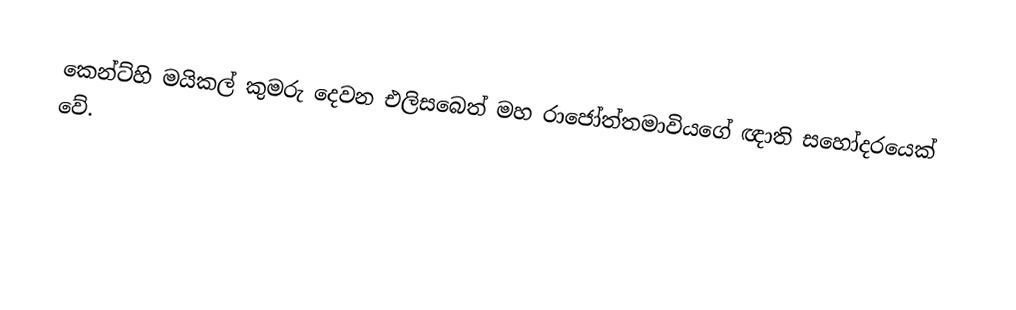
කෙන්ට්හි මයිකල් කුමරු දෙවන එලිසබෙත් මහ රාජෝත්තමාවියගේ ඥාති සහෝදරයෙක් වේ.